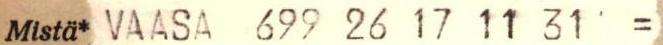
Mistä* VAASA 699 26 17 11 31 ' =